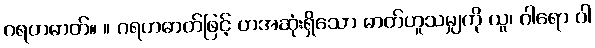
ဂရဟဓာတ်။ ။ ဂရဟဓာတ်ဖြင့် ဟအဆုံးရှိသော ဓာတ်ဟူသမျှကို ယူ၊ ဂါရော ဝါ